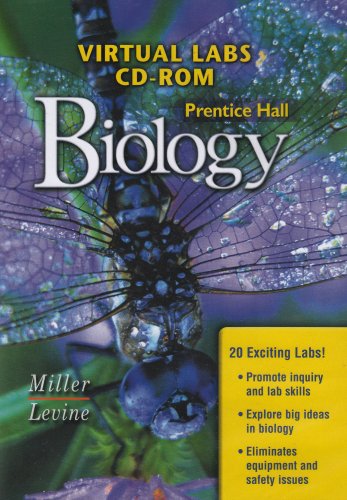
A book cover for PRENTICE HALL BIOLOGY VIRTUAL LABS 2004C; PRENTICE HALL; Teen & Young Adult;